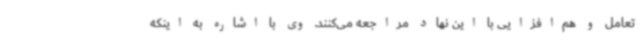
تعامل و هم‌افزایی با این نهاد مراجعه می‌کنند. وی با اشاره به اینکه